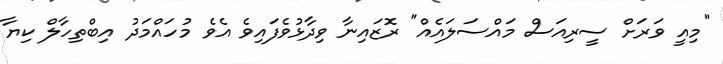
"މިއީ ވަރަށް ސީރިއަސް މައްސަލައެއް" ރޮޒައިނާ ވިދާޅުވެފައިވެ އެވެ މުހައްމަދު އިބްތިހާލް ކިޔާ